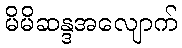
မိမိဆန္ဒအလျောက်